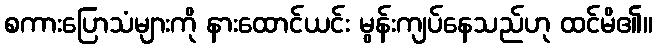
စကားပြောသံများကို နားထောင်ယင်း မွန်းကျပ်နေသည်ဟု ထင်မိ၏။